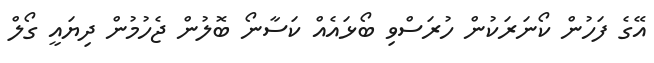
އޭގެ ފަހުން ކޯނަރަކުން ހުރަސްވި ބޯޅައެއް ކަސާނޯ ބޮލުން ޖެހުމުން ދިޔައީ ގޯލް